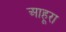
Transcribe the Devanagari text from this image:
आहूरा